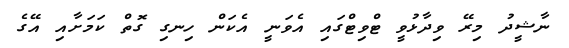
ނާޝީދު މިރޭ ވިދާޅުވީ ޓްވިޓްގައި އެވަނީ އެކަން ހިނގި ގޮތް ކަމަށާއި އޭގެ